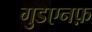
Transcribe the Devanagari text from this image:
गुडएनफ़